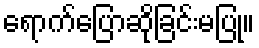
ရောက်ပြောဆိုခြင်းမပြု။